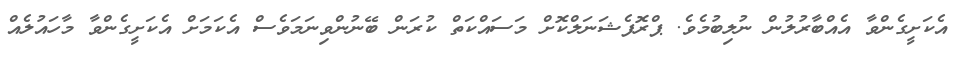
އެކަށީގެންވާ އެއްބާރުލުން ނުލިބުމެވެ. ޕްރޮފެޝަނަލްކޮށް މަސައްކަތް ކުރަން ބޭނުންވިނަމަވެސް އެކަމަށް އެކަށީގެންވާ މާހައުލެއް